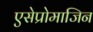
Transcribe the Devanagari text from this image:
एसेप्रोमाजिन